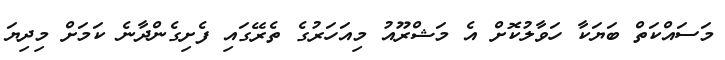
މަސައްކަތް ބަޔަކާ ހަވާލުކޮށް އެ މަޝްރޫއު މިއަހަރުގެ ތެރޭގައި ފެށިގެންދާނެ ކަމަށް މިދިޔަ